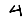
Digit: 4